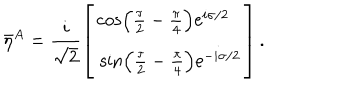
LaTeX: \bar { \eta } { } ^ { A } = \frac { i } { \sqrt { 2 } } \left[ \begin{array} { l } { { \cos \left( \frac { \tau } { 2 } - \frac { \pi } { 4 } \right) \mathrm { e } ^ { \hspace { 2 m m } i \sigma / 2 } } } \\ { { \, \sin \left( \frac { \tau } { 2 } - \frac { \pi } { 4 } \right) \mathrm { e } ^ { - i \sigma / 2 } } } \\ \end{array} \right] .